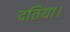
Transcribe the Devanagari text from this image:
दतिया।